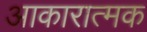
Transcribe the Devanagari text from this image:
आकारात्मक